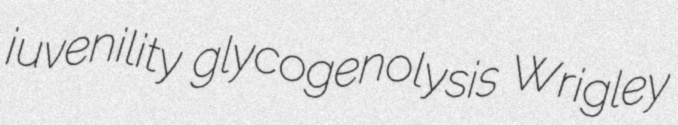
juvenility glycogenolysis Wrigley